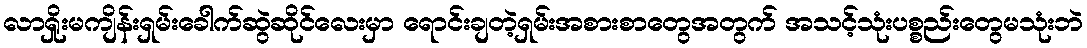
လာရှိုးမကျိန်းရှမ်းခေါက်ဆွဲဆိုင်လေးမှာ ရောင်းချတဲ့ရှမ်းအစားစာတွေအတွက် အသင့်သုံးပစ္စည်းတွေမသုံးဘဲ